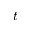
t